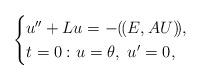
LaTeX: \begin{align*}\begin{cases}u ''+ L u=-(\!(E, AU)\!),\\t=0:u= \theta,\ u'=0, \end{cases} \end{align*}